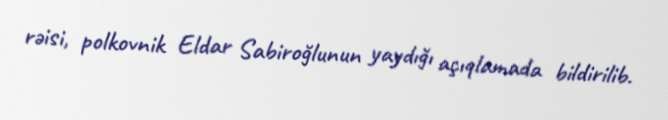
rəisi, polkovnik Eldar Sabiroğlunun yaydığı açıqlamada bildirilib.